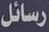
رسائل